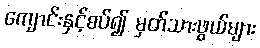
ကျောင်းနှင့်စပ်၍ မှတ်သားဖွယ်များ